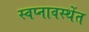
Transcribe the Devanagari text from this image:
स्वप्नावस्थेंत